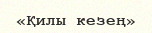
«Қилы кезең»